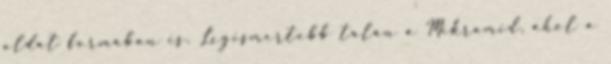
oldat formában is. Legismertebb talán a Mikramid, ahol a